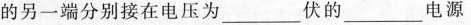
导线的另一端分别接在电压为___伏的___电源